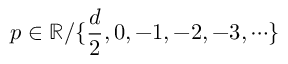
p \in \mathbb { R } / \{ \frac { d } { 2 } , 0 , - 1 , - 2 , - 3 , \cdots \}